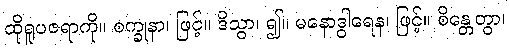
ထိုရူပဇရာကို။ စက္ခုနာ၊ ဖြင့်။ ဒိသွာ၊ ၍။ မနောဒွါရေန၊ ဖြင့်။ စိန္တေတွာ၊